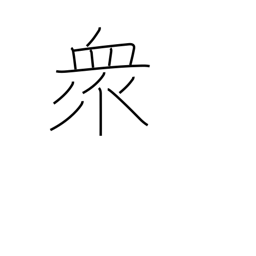
Meaning: multitude